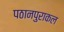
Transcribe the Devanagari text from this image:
पठानपुराकल